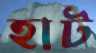
হাট